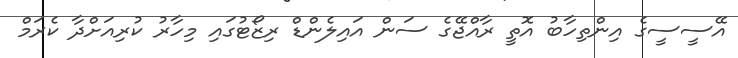
އޭސީސީގެ އިންތިހާބު އޮތީ ރާއްޖޭގެ ސަން އައިލެންޑް ރިޒޯޓުގައި މިހާރު ކުރިއަށްދާ ކެރަމް